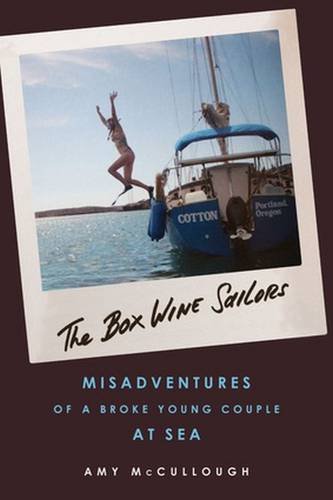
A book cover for The Box Wine Sailors: Misadventures of a Broke Young Couple at Sea; Amy McCullough; Biographies & Memoirs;